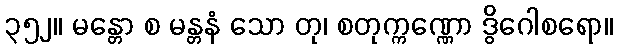
၃၅၂။ မန္တော စ မန္တနံ သော တု၊ စတုက္ကဏ္ဏော ဒွိဂေါစရော။